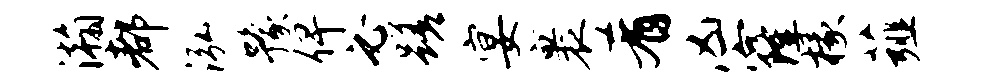
瀚都泓豫俾必蹉宴裹肴凶窿椽薤